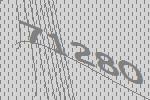
71280